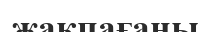
жақпағаны